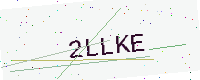
Text: 2LLKE